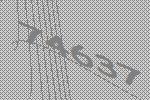
74637